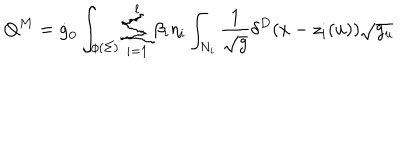
Q ^ { M } = \dot { g } _ { 0 } \int _ { \phi ( \Sigma ) } \sum _ { i = 1 } ^ { l } \beta _ { i } \eta _ { i } \int _ { N _ { i } } \frac 1 { \sqrt { g } } \delta ^ { D } ( x - z _ { i } ( u ) ) \sqrt { g _ { u } }